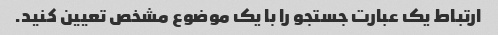
ارتباط یک عبارت جستجو را با یک موضوع مشخص تعیین کنید.